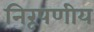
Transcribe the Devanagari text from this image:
निरूपणीय